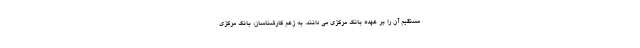
مستقیم آن را بر عهده بانک مرکزی می دانند. به زعم کارشناسان، بانک مرکزی